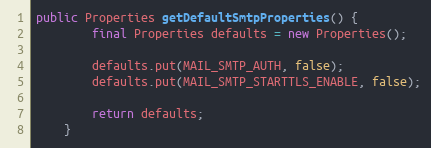
Language: Java
public Properties getDefaultSmtpProperties() {
        final Properties defaults = new Properties();

        defaults.put(MAIL_SMTP_AUTH, false);
        defaults.put(MAIL_SMTP_STARTTLS_ENABLE, false);

        return defaults;
    }